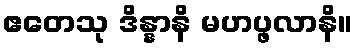
ဧတေသု ဒိန္နာနိ မဟပ္ဖလာနိ။